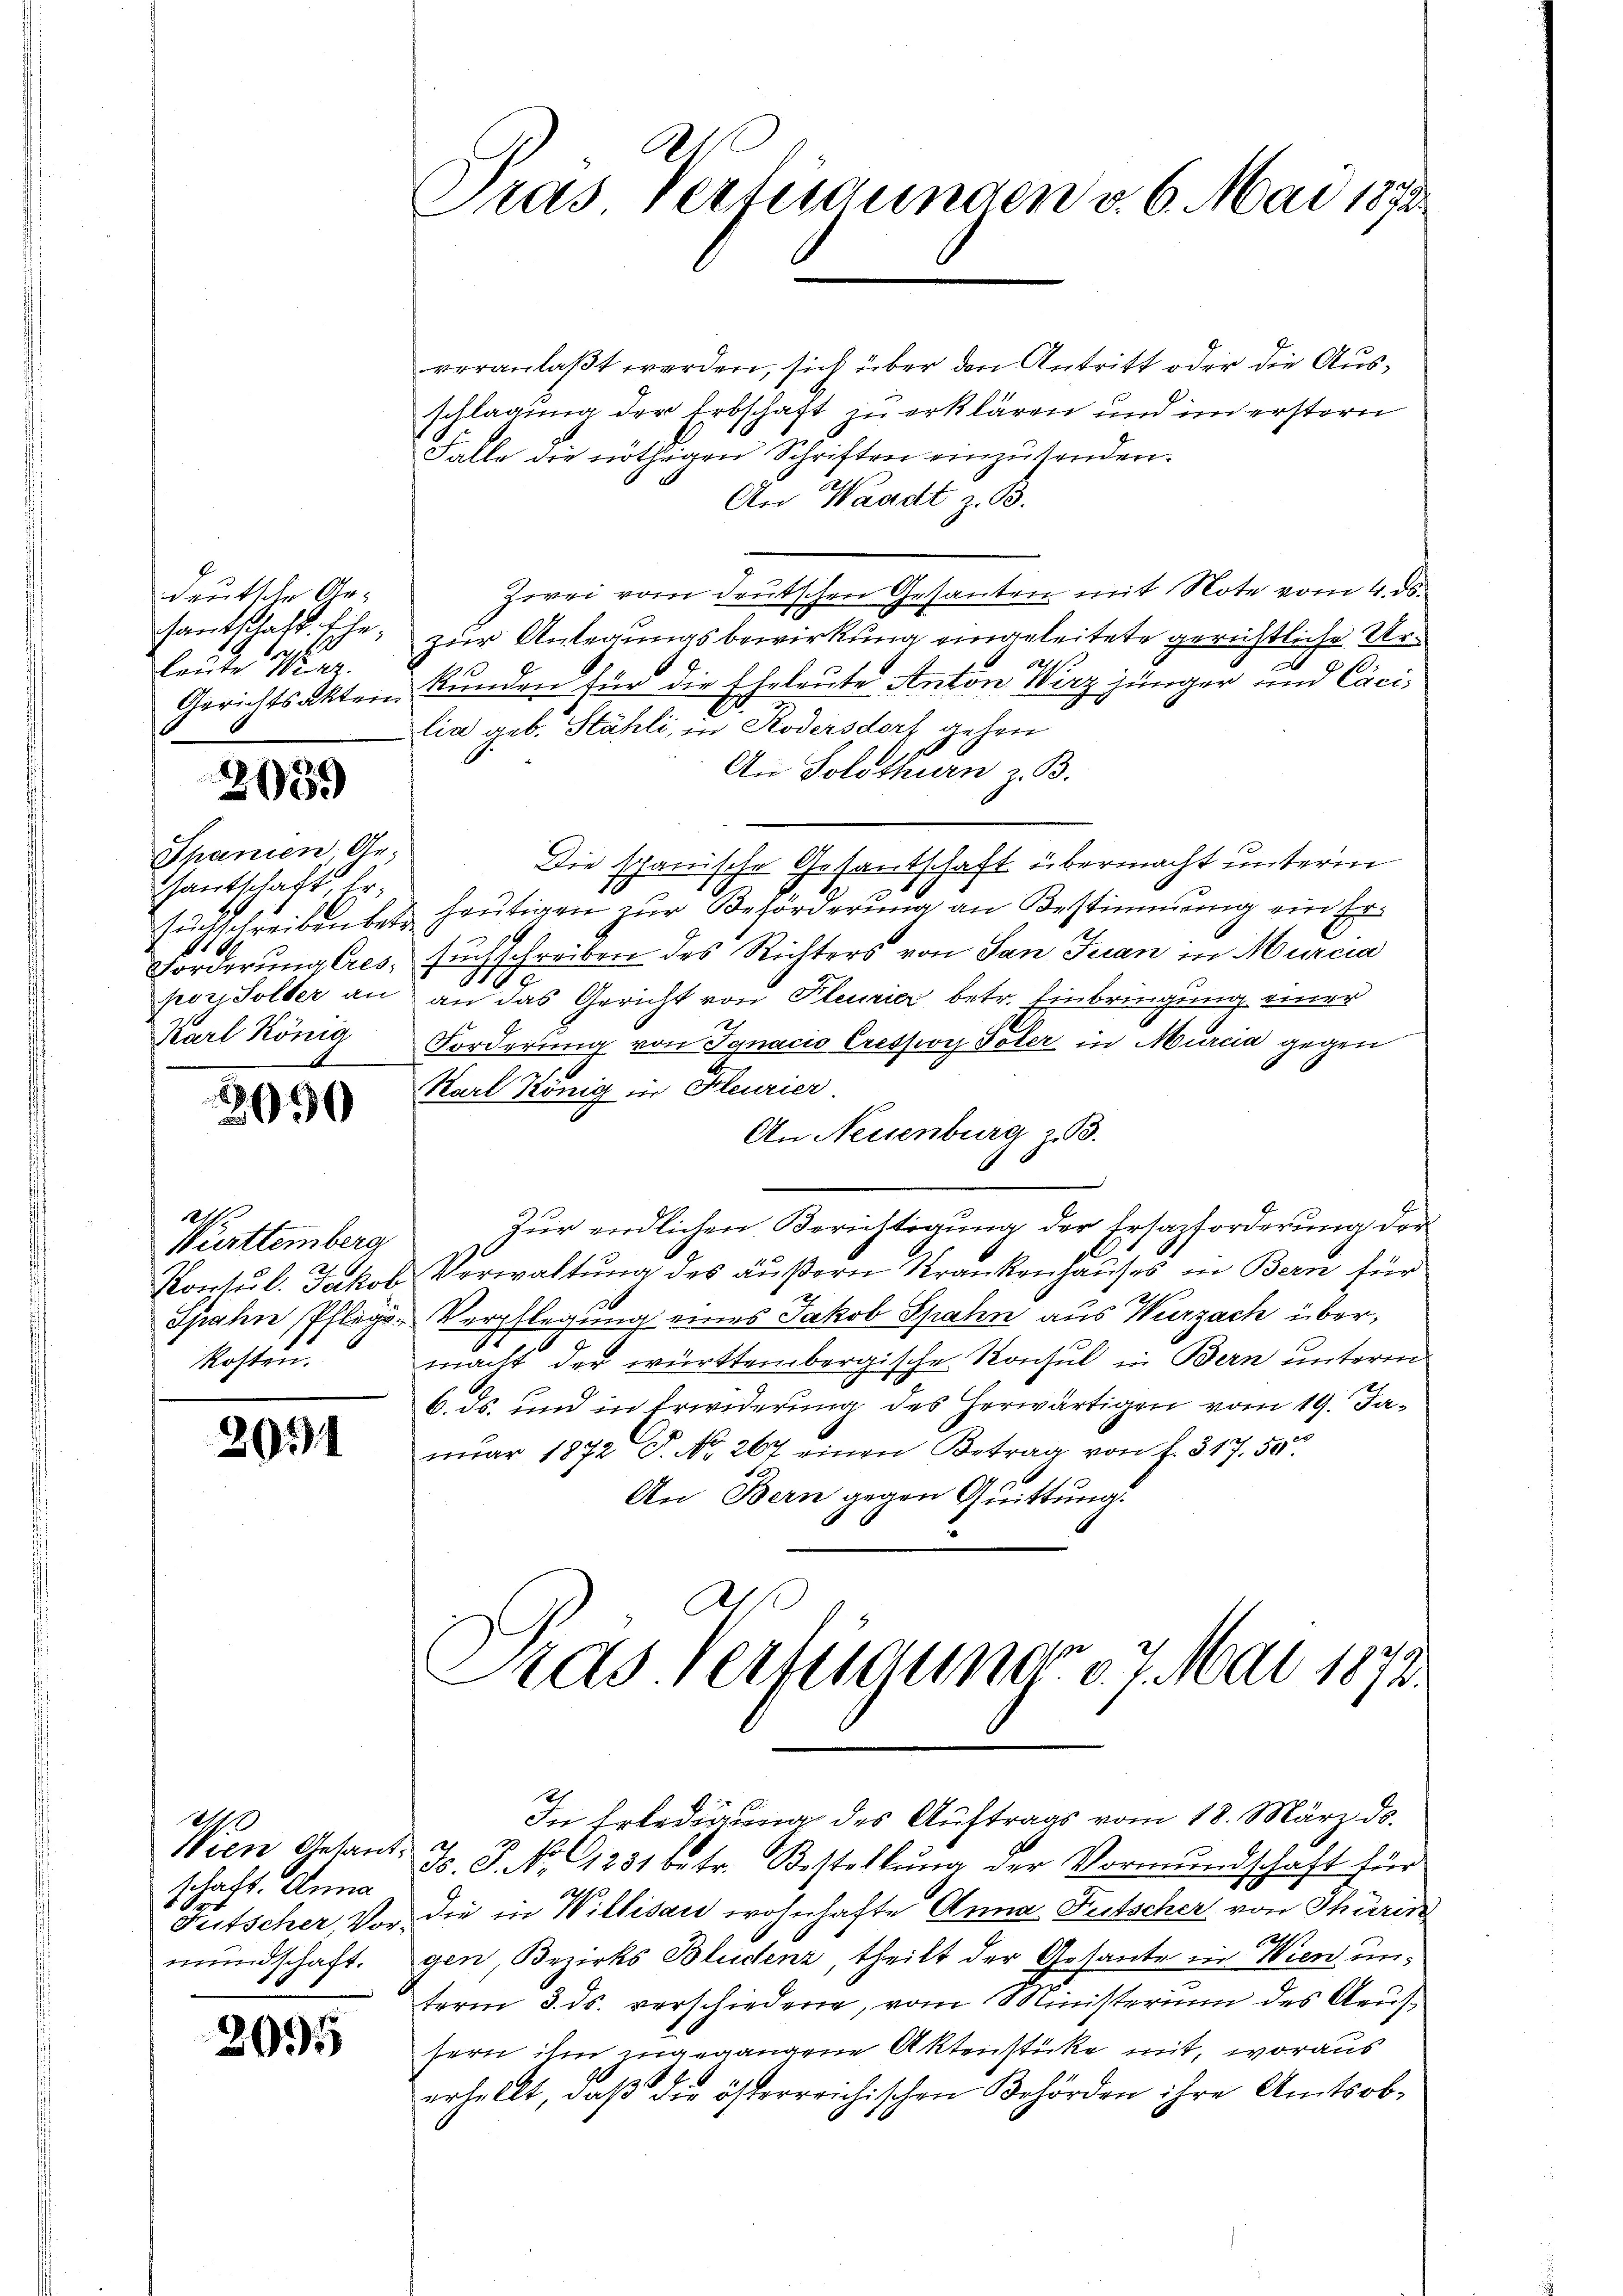
deutsche Ar-
4
leute Werkz

2059

Spanien Ge
Hantschaft
Karl König
A

2090

Württemberg
kosten.

G

2051

2
schaft. Anna
mundschaft.

2095

Das Verfügungen v. 6. Mai 1873

veranlaßt werden, sich über den Antritt oder die Ausschlagung der Erbschaft zu erklären und im erstern
Falle die nöthigen Schriften einzusenden.
An Waadt z. B.
Zwei vom deutschen Gesanten mit Note vom 4. ds.
santschaft. Ehe; zur Anlegungsbewirkung eingeleitete gerichtliche Ure
Gerichtsakten Kunden für die Eheleute Anton Wirz jünger und Cacilia geb. Stähli, in Kodersdorf gehen
An Solothurn z. B.
Die schanische Gesandschaft übermacht unterm
sŭchschreiben betr. heutigen zur Beförderung an Bestimmung ein Er¬
Forderung Cres. suchschreiben des Richters von San Juan in Murcia
poy Solter an an das Gericht von Fleurier betr. Einbringung einer
Forderung von Jgnacio Cression Poler in Murcia gegen
Karl König in Kleurier
An Neuenburg z. B.
.
Zŭr endlichen Berichtigŭng der Ersatzforderung der
l
Konsul Jakob Verwaltung des äußern Krankenhauses in Bern für
1
Spahn PPflegen Verpflegung eines Jakob Spahn aus Wurzach übermacht der württembergische Konsul in Bern unterm
6. ds. und in Erwiderung des herwärtigen vom 19. Janŭar 1872 P. Nr. 267 einen Betrag von f. 317. 50
An Bern gegen Quittung.
3

Pras. Verfügung 17. Mai 1873

Wien Gesant J. J. No 1231 betr. Bestellŭng der Vormŭndschaft für
Futscher Vor die in Willisau wohnhafte Anna Futscher von Thürin
gen, Bezirks Bludenz, theilt der Gesante in Wien unterm 3. ds. verschiedene, vom Ministerium des Aeufsern ihm zugegangene Aktenstücke mit, woraus
erhellt, daß die österreichischen Behörden ihre Amtsob-

In Erledigung des Auftrags vom 18. März ds.